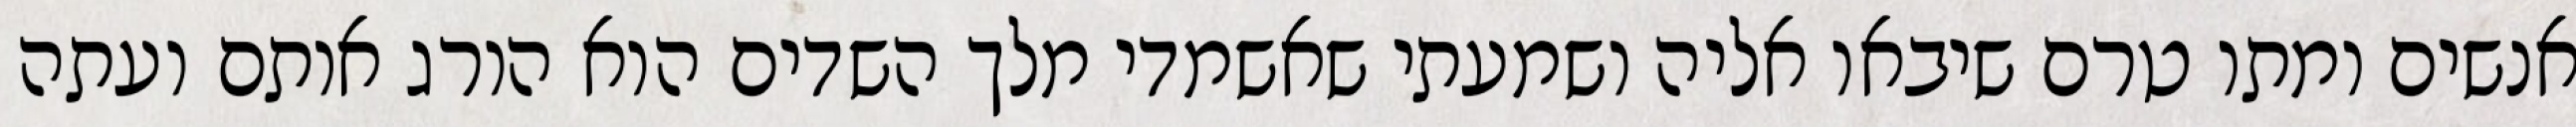
אנשים ומתו טרם שיבאו אליה ושמעתי שאשמדי מלך השדים הוא הורג אותם ועתה